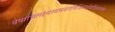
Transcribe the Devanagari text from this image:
वेषाभिलक्ष्यस्वभवनविजिताशेषवित्तेशकोषा